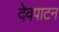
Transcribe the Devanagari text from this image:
देवपाटन